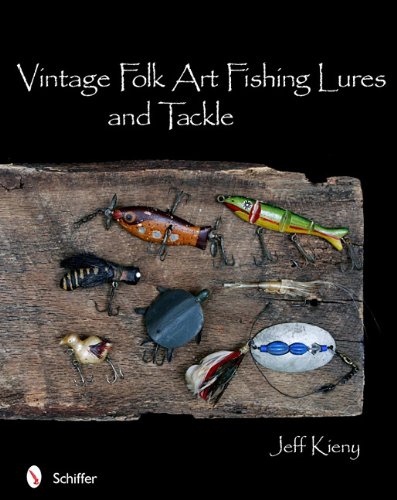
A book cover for Vintage Folk Art Fishing Lures and Tackle; Jeff Kieny; Crafts, Hobbies & Home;